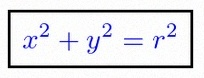
x^2+y^2=r^2